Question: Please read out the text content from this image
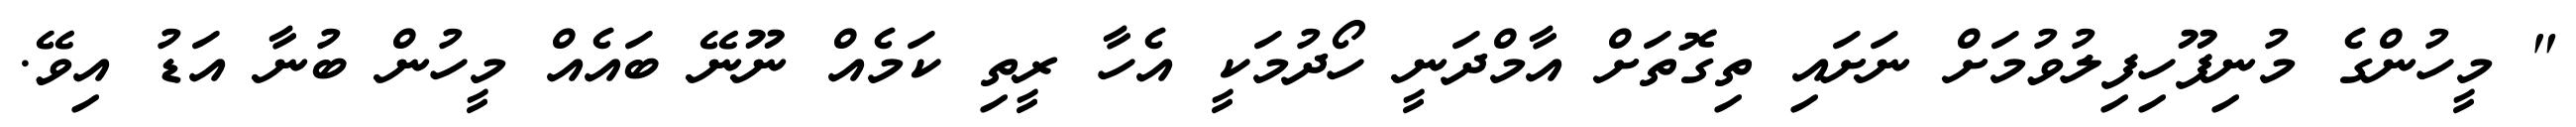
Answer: " މީހުންގެ މުނިފޫހިފިލުވުމަށް ނަށައި ތިގޮތަށް އާމްދަނީ ހޯދުމަކީ އެހާ ރީތި ކަމެއް ނޫނޭ ބައެއް މީހުން ބުނާ އަޑު އިވޭ.